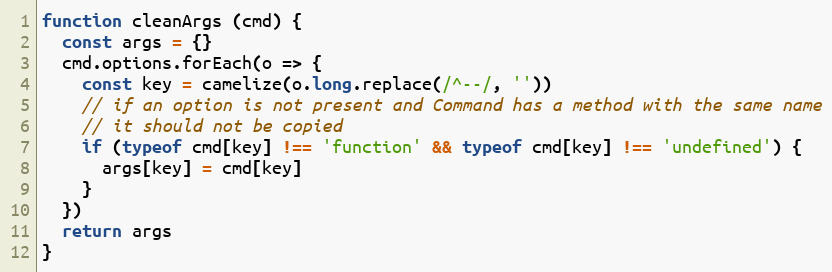
Language: JavaScript
function cleanArgs (cmd) {
  const args = {}
  cmd.options.forEach(o => {
    const key = camelize(o.long.replace(/^--/, ''))
    // if an option is not present and Command has a method with the same name
    // it should not be copied
    if (typeof cmd[key] !== 'function' && typeof cmd[key] !== 'undefined') {
      args[key] = cmd[key]
    }
  })
  return args
}